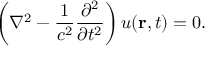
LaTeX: \left( \nabla ^ { 2 } - { \frac { 1 } { c ^ { 2 } } } { \frac { \partial ^ { 2 } } { \partial { t } ^ { 2 } } } \right) u ( \mathbf { r } , t ) = 0 .